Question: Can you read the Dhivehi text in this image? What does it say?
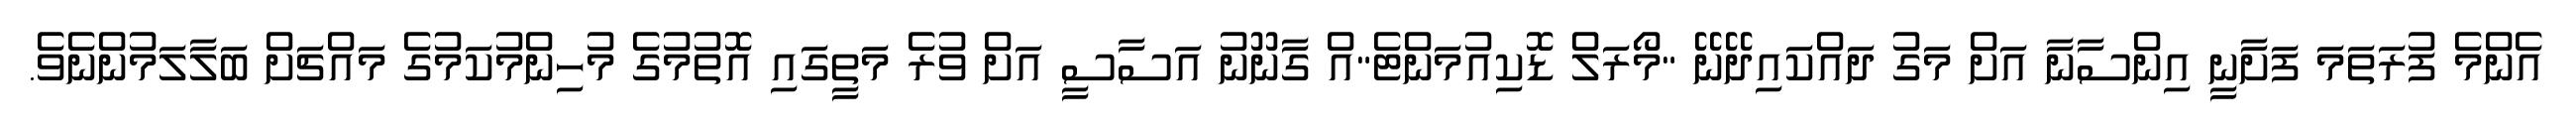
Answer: އެންމެ ފުރަތަމަ ފަށާނީ އިންސާނާ އަށް މަގު ދައްކައިދޭނޭ "މޯރަލް ޑޮކިއުމަންޓެ"އް ގާނޫނު އަސާސީ އަށް ވުރެ މަތީގައި އޮތުމުގެ މުހިންމުކަމުގެ މައްޗަށް ބަލާލަމުންނެވެ.